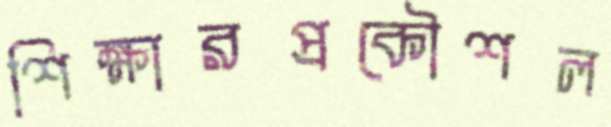
শিক্ষারপ্রকৌশল